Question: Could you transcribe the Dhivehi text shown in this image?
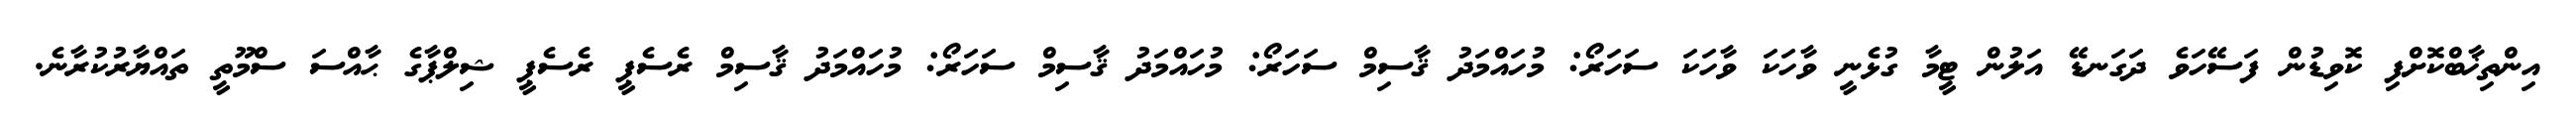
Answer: އިންތިޚާބްކޮށްފި ކޮވިޑުން ފަސޭހަވެ ދަގަނޑޭ އަލުން ޓީމާ ގުޅެނީ ވާހަކަ ވާހަކަ ސަހަރޯ: މުހައްމަދު ޤާސިމް ސަހަރޯ: މުހައްމަދު ޤާސިމް ސަހަރޯ: މުހައްމަދު ޤާސިމް ރެސެޕީ ރެސެޕީ ޝިލްޕާގެ ޙާއްސަ ސްމޫތީ ތައްޔާރުކުރާނެ.